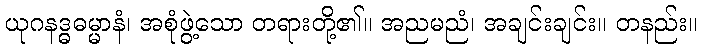
ယုဂနဒ္ဓဓမ္မာနံ၊ အစုံဖွဲ့သော တရားတို့၏။ အညမညံ၊ အချင်းချင်း။ တနည်း။